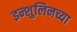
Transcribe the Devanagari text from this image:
इन्शुलिनच्या